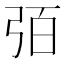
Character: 㢶